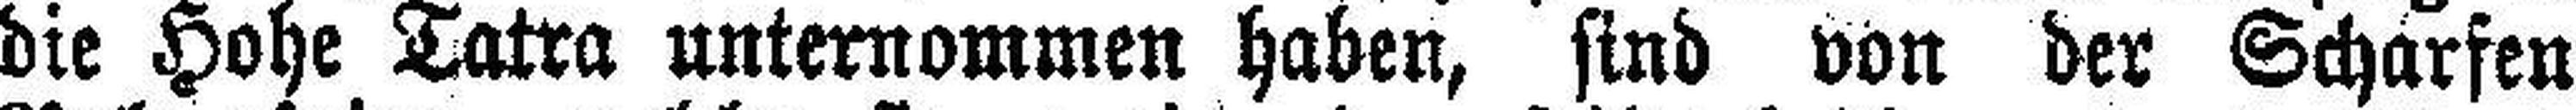
die Hohe Tatra unternommen haben, sind von der Scharfen